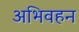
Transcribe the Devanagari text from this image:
अभिवहन